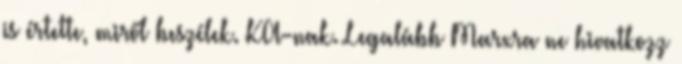
is értette, miről beszélek. KA-nak. Legalább Marxra ne hivatkozz